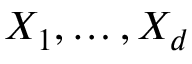
X _ { 1 } , \ldots , X _ { d }